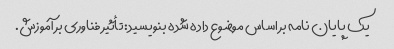
یک پایان نامه بر اساس موضوع داده شده بنویسید: تأثیر فناوری بر آموزش.